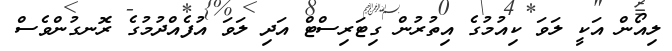
ލިއޯން އަކީ ލަވަ ކިއުމުގެ އިތުރުން ގިޓަރިސްޓް އަދި ލަވަ އުފެއްދުމުގެ ރޮނގުންވެސް